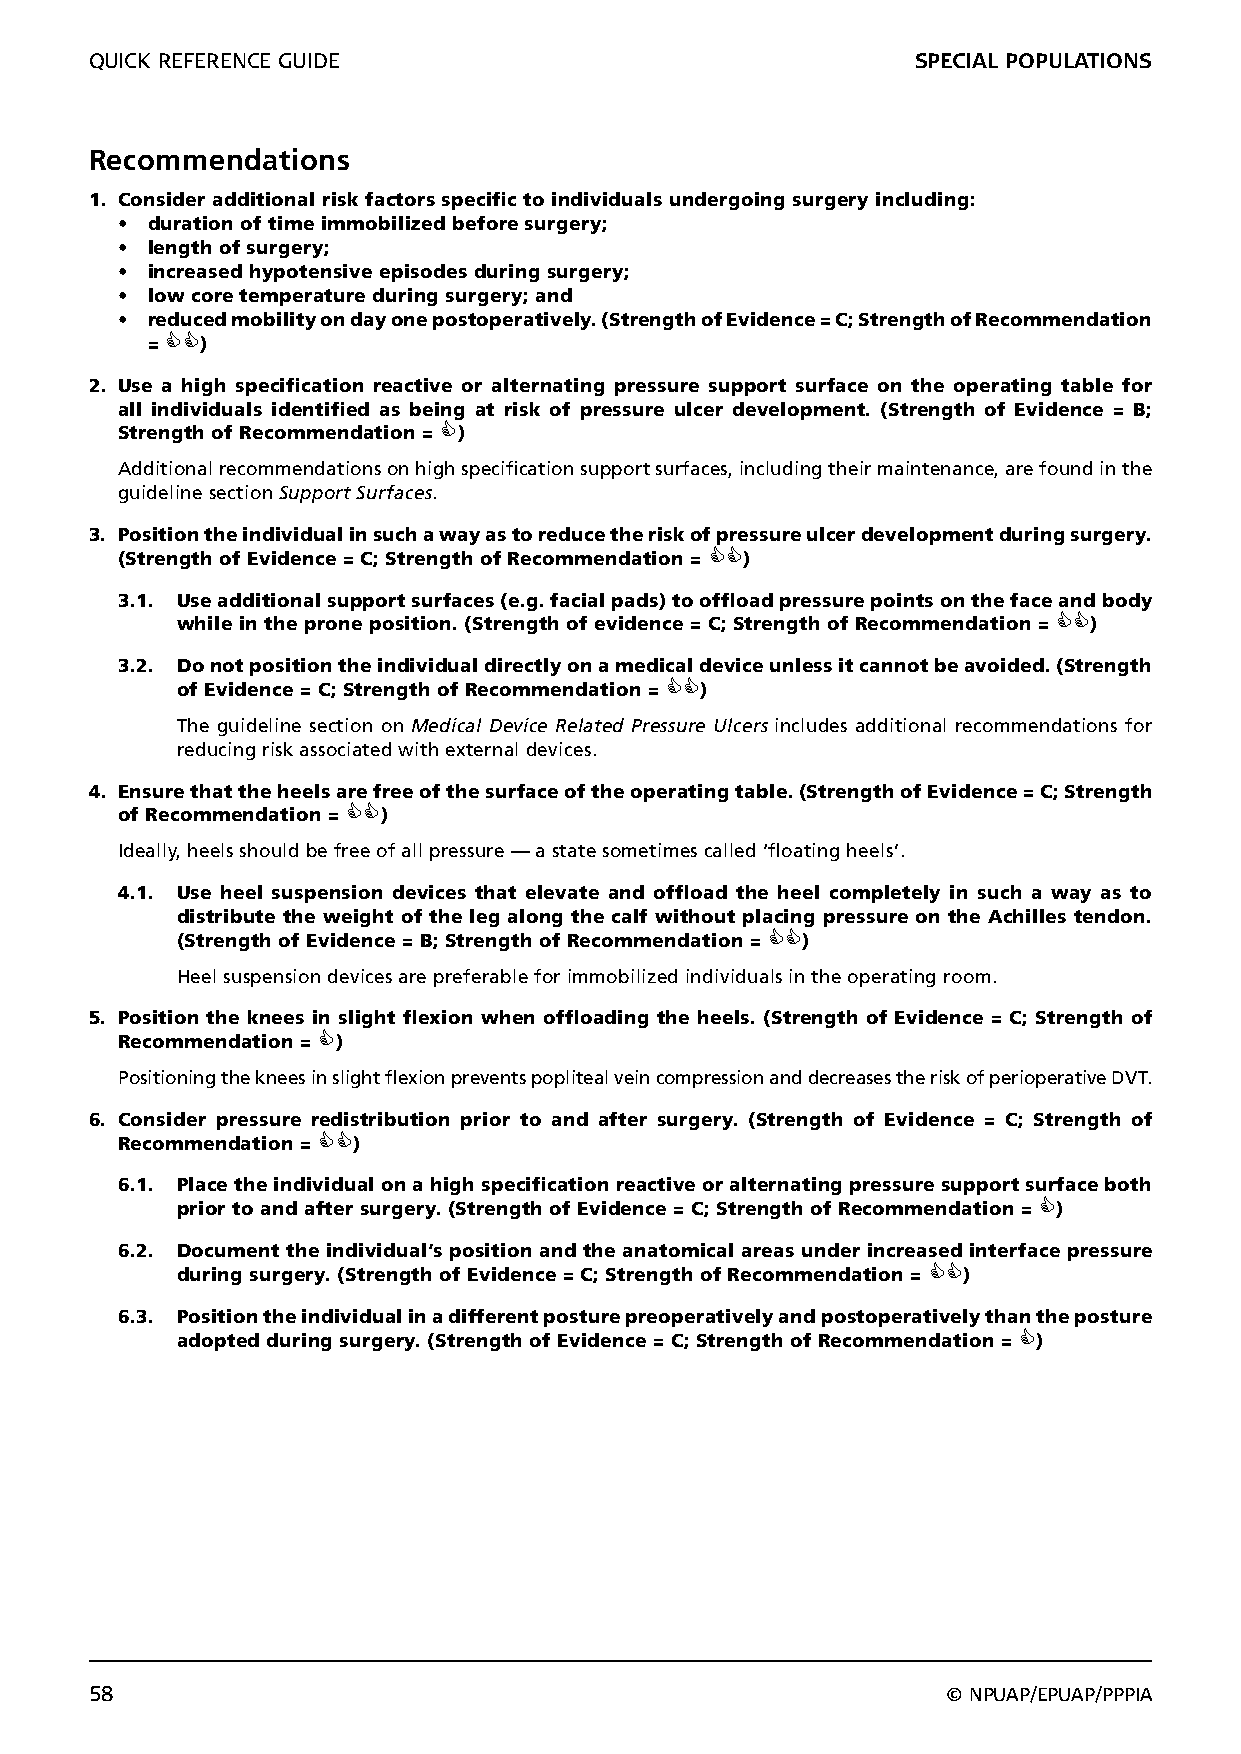
QUICK REFERENCE GUIDE                                  SPECIAL POPULATIONS
 Recommendations
 1. Consider additional risk factors specific to individuals undergoing surgery including:
 • duration of time immobilized before surgery;
 • length of surgery;
 • increased hypotensive episodes during surgery;
 • low core temperature during surgery; and
 • reduced mobility on day one postoperatively. (Strength of Evidence = C; Strength of Recommendation
 = )
 2. Use a high specification reactive or alternating pressure support surface on the operating table for
 all individuals identified as being at risk of pressure ulcer development. (Strength of Evidence = B;
 Strength of Recommendation = )
 Additional recommendations on high specification support surfaces, including their maintenance, are found in the
 guideline section Support Surfaces.
 3. Position the individual in such a way as to reduce the risk of pressure ulcer development during surgery.
 (Strength of Evidence = C; Strength of Recommendation = )
 3.1. Use additional support surfaces (e.g. facial pads) to offload pressure points on the face and body
 while in the prone position. (Strength of evidence = C; Strength of Recommendation = )
 3.2. Do not position the individual directly on a medical device unless it cannot be avoided. (Strength
 of Evidence = C; Strength of Recommendation = )
 The guideline section on Medical Device Related Pressure Ulcers includes additional recommendations for
 reducing risk associated with external devices.
 4. Ensure that the heels are free of the surface of the operating table. (Strength of Evidence = C; Strength
 of Recommendation = )
 Ideally, heels should be free of all pressure — a state sometimes called ‘floating heels’.
 4.1. Use heel suspension devices that elevate and offload the heel completely in such a way as to
 distribute the weight of the leg along the calf without placing pressure on the Achilles tendon.
 (Strength of Evidence = B; Strength of Recommendation = )
 Heel suspension devices are preferable for immobilized individuals in the operating room.
 5. Position the knees in slight flexion when offloading the heels. (Strength of Evidence = C; Strength of
 Recommendation = )
 Positioning the knees in slight flexion prevents popliteal vein compression and decreases the risk of perioperative DVT.
 6. Consider pressure redistribution prior to and after surgery. (Strength of Evidence = C; Strength of
 Recommendation = )
 6.1. Place the individual on a high specification reactive or alternating pressure support surface both
 prior to and after surgery. (Strength of Evidence = C; Strength of Recommendation = )
 6.2. Document the individual’s position and the anatomical areas under increased interface pressure
 during surgery. (Strength of Evidence = C; Strength of Recommendation = )
 6.3. Position the individual in a different posture preoperatively and postoperatively than the posture
 adopted during surgery. (Strength of Evidence = C; Strength of Recommendation = )
 58                                                       © NPUAP/EPUAP/PPPIA